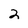
Character: 2